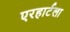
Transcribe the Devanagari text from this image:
एरहार्टला